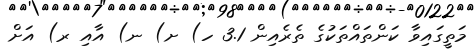
މަތީގައިވާ ކަންތައްތަކުގެ ތެރެއިން 3.1 ހ) ށ) ނ) އާއި ރ) އަށް